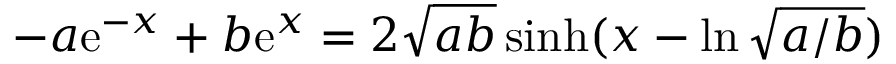
- a \mathrm { e } ^ { - x } + b \mathrm { e } ^ { x } = 2 \sqrt { a b } \sinh ( x - \ln \sqrt { a / b } )